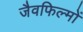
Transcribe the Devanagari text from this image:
जैवफिल्मों